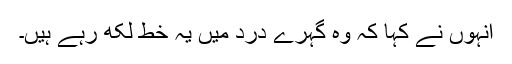
انہوں نے کہا کہ وہ گہرے درد میں یہ خط لکھ رہے ہیں۔